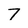
Character: 7